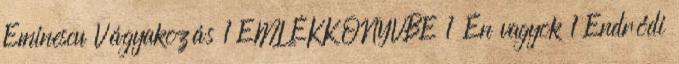
Eminescu Vágyakozás 1 EMLÉKKÖNYVBE 1 Én vagyok 1 Endrődi